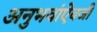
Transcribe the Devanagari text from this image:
अनुभवांऐवजी